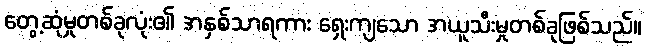
တွေ့ဆုံမှုတစ်ခုလုံး၏ အနှစ်သာရကား ရှေးကျသော အယူသီးမှုတစ်ခုဖြစ်သည်။